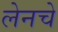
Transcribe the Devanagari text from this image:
लेनचे